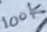
Text: 100K